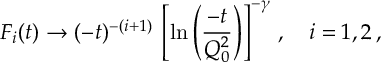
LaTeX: F _ { i } ( t ) \to ( - t ) ^ { - ( i + 1 ) } \, \left[ \ln \left( \frac { - t } { Q _ { 0 } ^ { 2 } } \right) \right] ^ { - \gamma } \, , \quad i = 1 , 2 \, ,